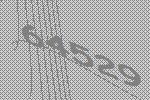
64529